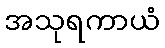
အသုရကာယံ